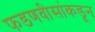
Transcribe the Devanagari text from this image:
फडणवीसांकडून